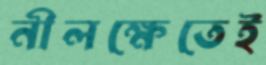
নীলক্ষেতেই